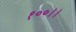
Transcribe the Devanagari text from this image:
१००।।